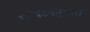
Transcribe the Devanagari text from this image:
कोष्टकरूपात